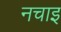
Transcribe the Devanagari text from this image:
नचाइ